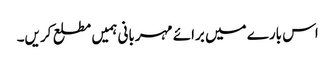
اس بارے میں برائے مہربانی ہمیں مطلع کریں۔